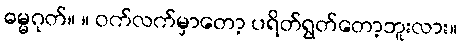
ဓမ္မဂုတ်။ ။ ဝက်လက်မှာတော့ ပရိတ်ရွတ်တော့ဘူးလား။